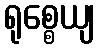
ရုစ္စေယျ